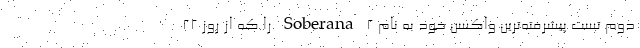
دوم تست پیشرفته‌ترین واکسن خود به نام 2 Soberana را که از روز ۲۲